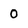
Character: 0